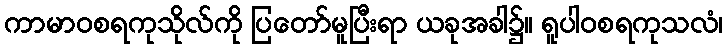
ကာမာဝစရကုသိုလ်ကို ပြတော်မူပြီးရာ ယခုအခါ၌။ ရူပါဝစရကုသလံ၊